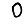
Digit: 0